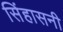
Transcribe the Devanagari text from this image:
सिंहासनी